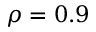
\rho = 0 . 9